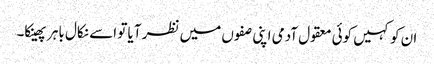
ان کو کہیں کوئی معقول آدمی اپنی صفوں میں نظر آیا تو اسے نکال باہر پھینکا۔